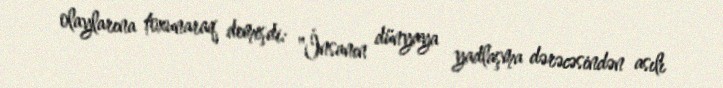
olaylarına toxunaraq demişdi: "İnsanın dünyaya yadlaşma dərəcəsindən asılı